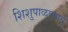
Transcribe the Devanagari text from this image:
शिशुपाळवधाचे